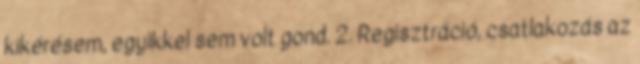
kikérésem, egyikkel sem volt gond. 2. Regisztráció, csatlakozás az